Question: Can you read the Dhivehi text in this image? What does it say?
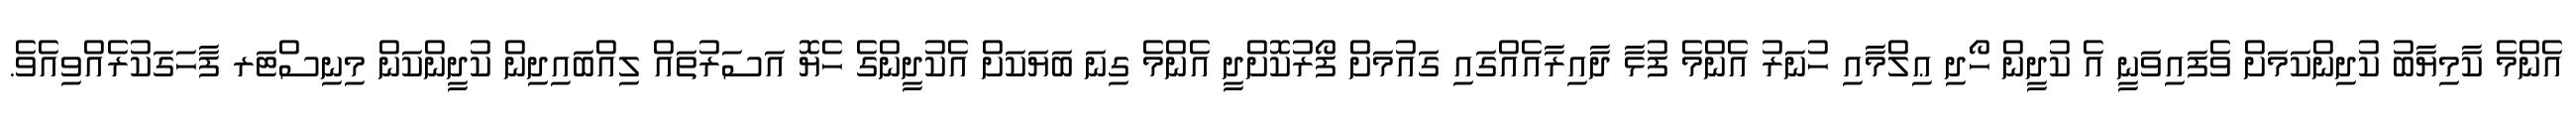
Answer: އެންމެ ކާމިޔާބު ކުދިންކަމަށް ވެފައިވަނީ އެ ކުދީން ހޯދި ޢިލްމާއި ހުނަރު އެންމެ ފުޅާ ދާއިރާއެއްގައި ގައުމަށް ފޯރުކޮށްދީ އެންމެ ގިނަ ބަޔަކަށް އެކުދީންގެ ހެޔޮ އަސަރުތައް ލިއްބައިދިން ކުދީންކަން މިނިސްޓަރ ފާހަގަކުރެއްވިއެވެ.